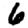
Digit: 6